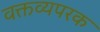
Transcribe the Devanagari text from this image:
वक्तव्यपरक